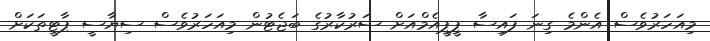
މިއަހަރުވެސް އެންމެ ގިނަ ފައިސާ ޕީޕީއެމްއަށް ސަރުކާރުގެ ބަޖެޓުން މިއަހަރުވެސް ސިޔާސީ ޕާޓީތަކަށް